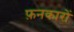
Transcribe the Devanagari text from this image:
फ़नकारों